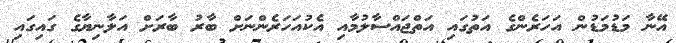
އޭނާ މަޑުމަޑުން އަހަރެންގެ އަތުގައި އަތްޖައްސާލުމާއި އެކުއަހަރެންނަށް ބާރު ބާރަށް އަލާނިޔާގެ ގައިގައި